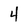
Character: 4